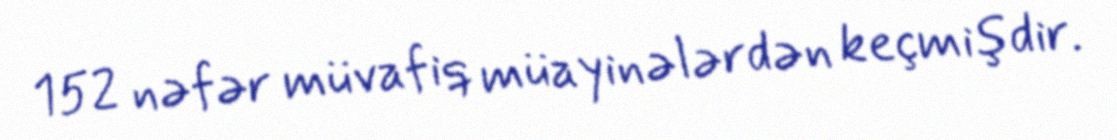
152 nəfər müvafiq müayinələrdən keçmişdir.